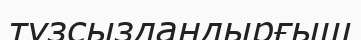
тұзсыздандырғыш